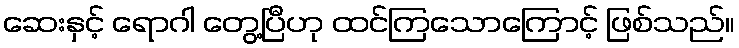
ဆေးနှင့် ရောဂါ တွေ့ပြီဟု ထင်ကြသောကြောင့် ဖြစ်သည်။